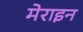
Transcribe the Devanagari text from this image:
मेराइन